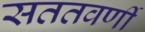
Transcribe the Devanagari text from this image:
सततवर्णी